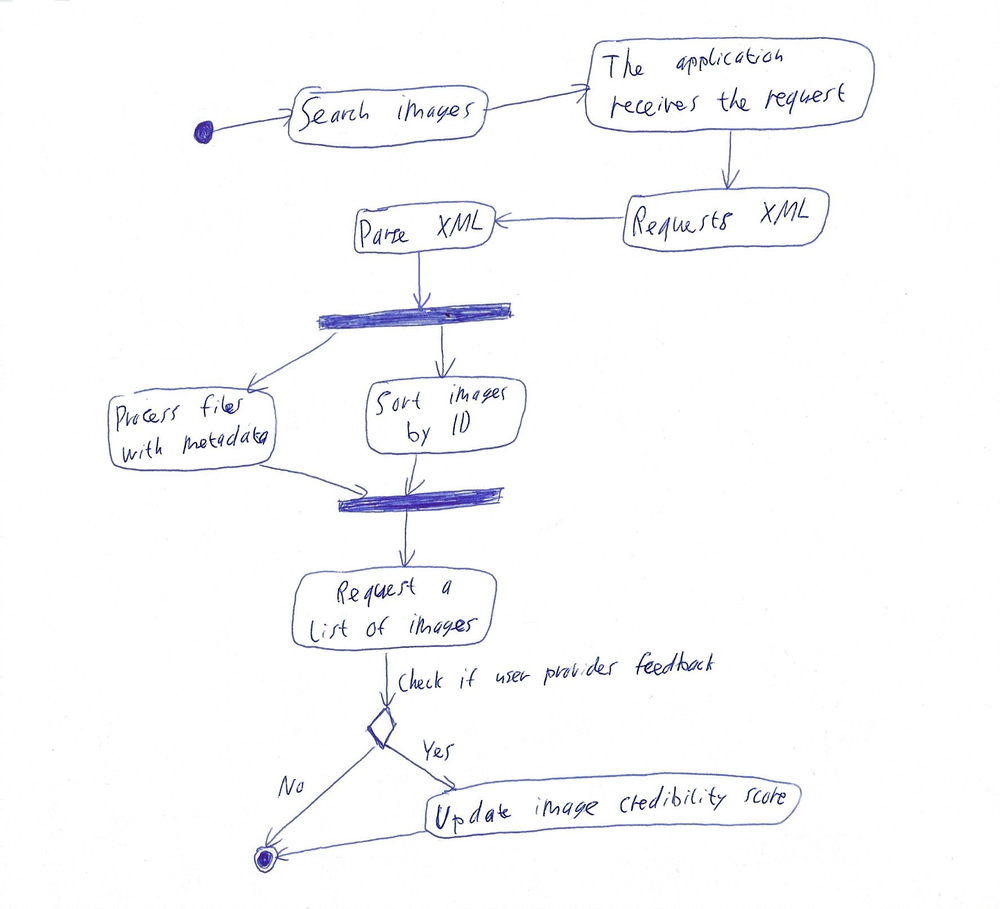
Diagram type: activity_diagram
```plantuml
@startuml

start

:Search images;
:The application receives the request;
:Requests XML;
:Parse XML;

fork
  :Process files with metadata;
fork again
  :Sort images by ID;
end fork

:Request a list of images;

if (Check if user provides feedback) then (Yes)
  :Update image credibility score;
else (No)
endif

stop

@enduml
```